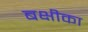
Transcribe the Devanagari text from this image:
बक्षीका